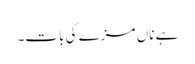
ہے ناں مزے کی بات۔